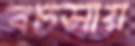
বচসায়